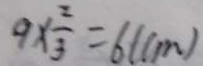
9 \times \frac { 2 } { 3 } = 6 ( c m )